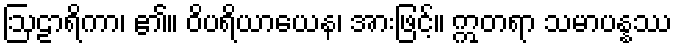
ဩဠာရိကာ၊ ၏။ ဝိပရိယာယေန၊ အားဖြင့်။ ဣတရာ သမာပန္နဿ